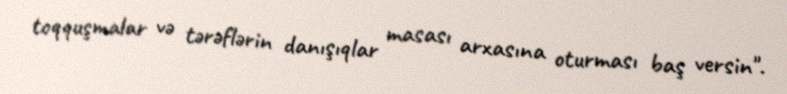
toqquşmalar və tərəflərin danışıqlar masası arxasına oturması baş versin".